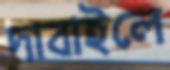
দাবাইলে